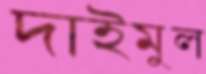
দাইমুল